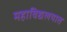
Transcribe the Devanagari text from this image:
महाविद्यलयात